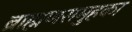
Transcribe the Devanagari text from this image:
ब्राह्मणसमुहका